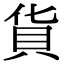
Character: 貨